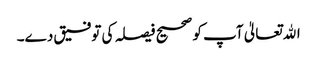
اﷲتعالیٰ آپ کو صحیح فیصلہ کی توفیق دے۔